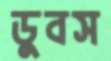
ডুবস